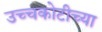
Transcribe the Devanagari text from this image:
उच्चकोटीच्या